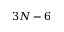
3 N - 6